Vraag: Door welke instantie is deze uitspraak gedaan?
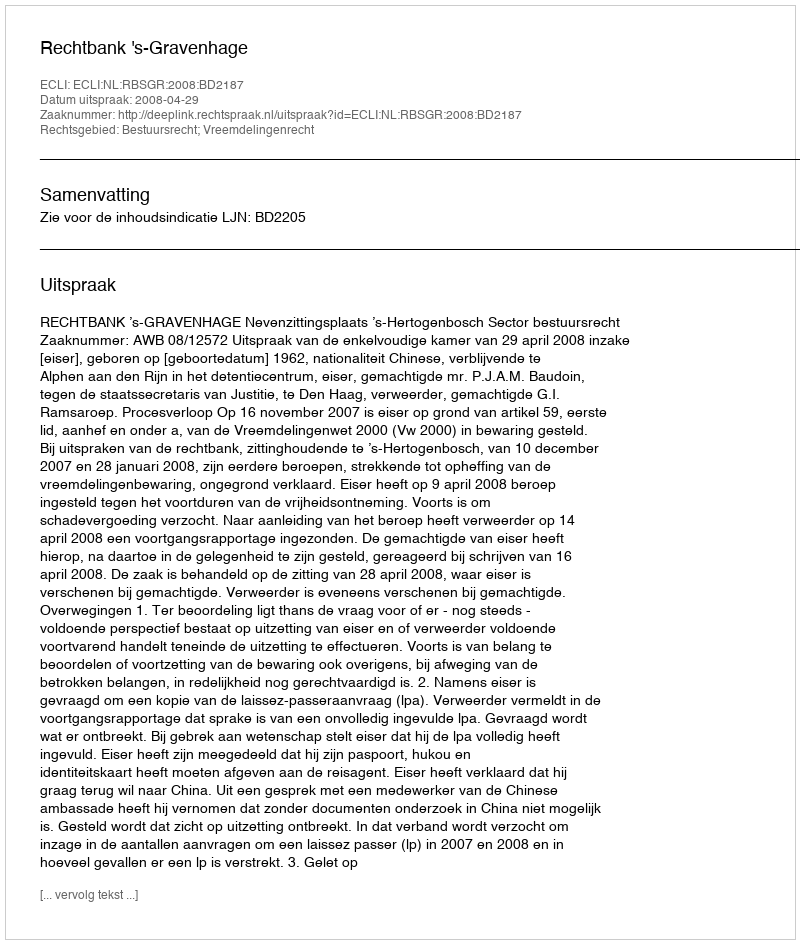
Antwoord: Rechtbank 's-Gravenhage